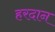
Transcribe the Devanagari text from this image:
हरदान